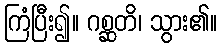
ကြံပြီး၍။ ဂစ္ဆတိ၊ သွား၏။